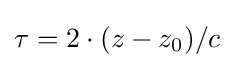
\tau =2\cdot (z-z_{0})/c